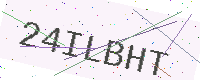
Text: 24ILBHT